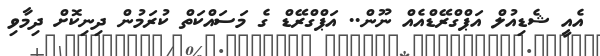
އެއީ ޝެޑިއުލް އަޕްގްރޭޑްއެއް ނޫން.. އަޕްގްރޭޑް ގެ މަސައްކަތް ކުރަމުން ދިނިކޮށް ދިމާވި